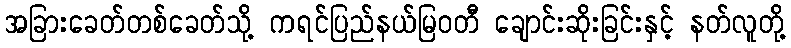
အခြားခေတ်တစ်ခေတ်သို့ ကရင်ပြည်နယ်မြဝတီ ချောင်းဆိုးခြင်းနှင့် နတ်လူတို့